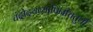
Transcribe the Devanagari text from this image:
चंद्रोदयव्यापिनीचतुर्थी